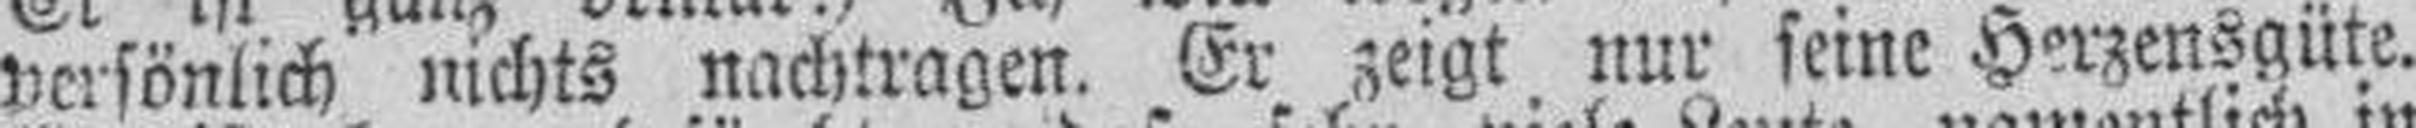
persönlich nichts nachtragen. Er zeigt, nur seine Herzensgüte.